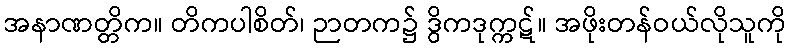
အနာဏတ္တိက။ တိကပါစိတ်၊ ဉာတက၌ ဒွိကဒုက္ကဋ်။ အဖိုးတန်ဝယ်လိုသူကို